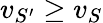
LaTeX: v_{S^{\prime}}\geq v_{S}